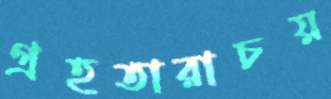
গ্রহতারাচয়